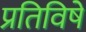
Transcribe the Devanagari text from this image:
प्रतिविषे